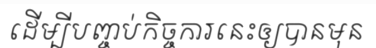
ដើម្បីបញ្ចប់កិច្ចការនេះឲ្យបានមុន